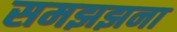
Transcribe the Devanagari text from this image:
समझझना